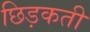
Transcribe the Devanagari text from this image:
छिड़कती